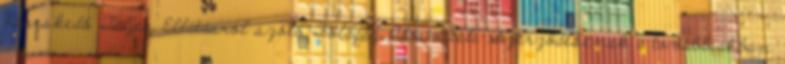
Kereskedő Teljes Ellátásról szóló Földgáz Adásvételi Szerződésének a továbbiakban